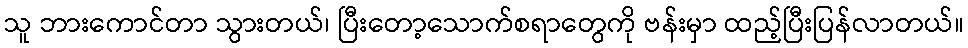
သူ ဘားကောင်တာ သွားတယ်၊ ပြီးတော့သောက်စရာတွေကို ဗန်းမှာ ထည့်ပြီးပြန်လာတယ်။